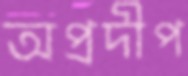
অপ্রদীপ